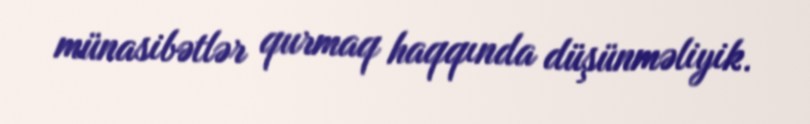
münasibətlər qurmaq haqqında düşünməliyik.